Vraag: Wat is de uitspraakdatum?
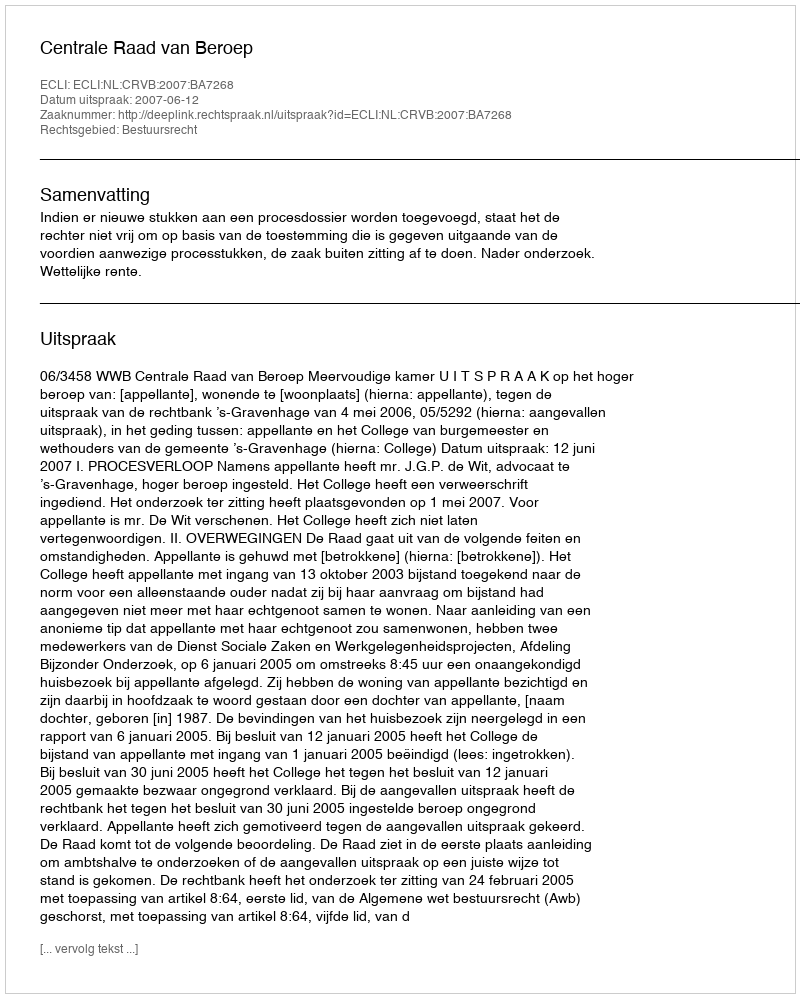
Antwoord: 2007-06-12